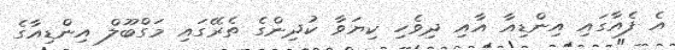
އެ ފެއާގައި އިންޑިއާ އާއި ދިވެހި ކިޔަވާ ކުދިންގެ ތެރޭގައި މަގްބޫލް އިންޑިއާގެ